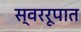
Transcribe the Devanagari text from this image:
स्वररूपात